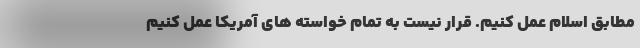
مطابق اسلام عمل کنیم. قرار نیست به تمام خواسته های آمریکا عمل کنیم